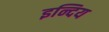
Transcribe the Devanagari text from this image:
इन्दिय